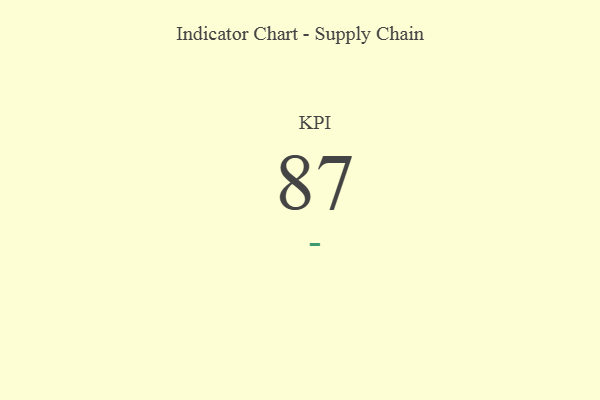
{"axis": {"x": "KPI", "y": "Value"}, "legend": [""], "data": [{"x": "KPI", "y": 87, "type": ""}]}